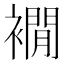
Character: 襉